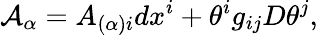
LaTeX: {\cal A}_{\alpha}=A_{(\alpha)i}dx^{i}+\theta^{i}g_{ij}D\theta^{j},